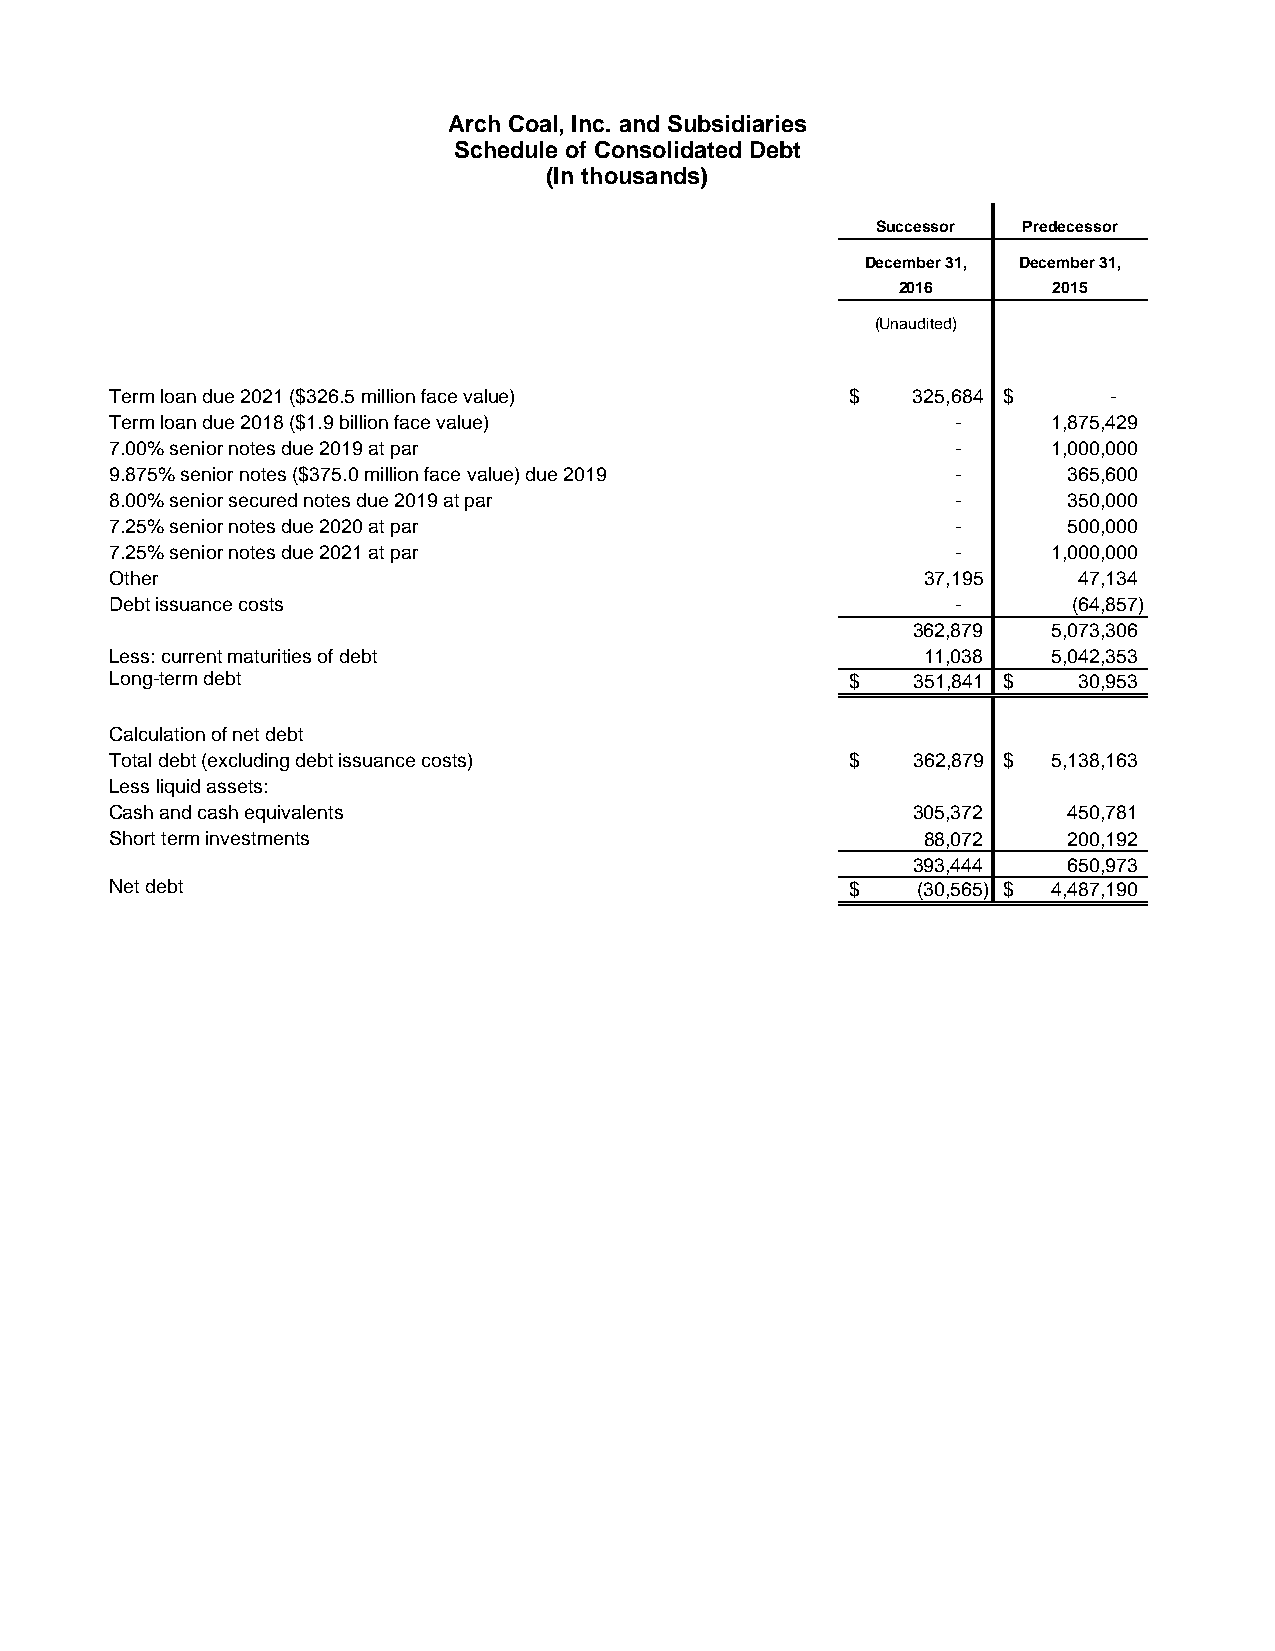
Arch Coal, Inc. and Subsidiaries
 Schedule of Consolidated Debt
 (In thousands)
 Successor Predecessor
 December 31, December 31,
 2016       2015
 (Unaudited)
 Term loan due 2021 ($326.5 million face value)   $   325,684 $    -
 Term loan due 2018 ($1.9 billion face value)            -      1,875,429
 7.00% senior notes due 2019 at par                      -      1,000,000
 9.875% senior notes ($375.0 million face value) due 2019 -      365,600
 8.00% senior secured notes due 2019 at par              -       350,000
 7.25% senior notes due 2020 at par                      -       500,000
 7.25% senior notes due 2021 at par                      -      1,000,000
 Other                                                 37,195    47,134
 Debt issuance costs                                     -       (64,857)
 362,879   5,073,306
 Less: current maturities of debt                      11,038   5,042,353
 Long-term debt                                   $   351,841 $  30,953
 Calculation of net debt
 Total debt (excluding debt issuance costs)       $   362,879 $ 5,138,163
 Less liquid assets:
 Cash and cash equivalents                            305,372    450,781
 Short term investments                                88,072    200,192
 393,444    650,973
 Net debt                                         $    (30,565) $ 4,487,190